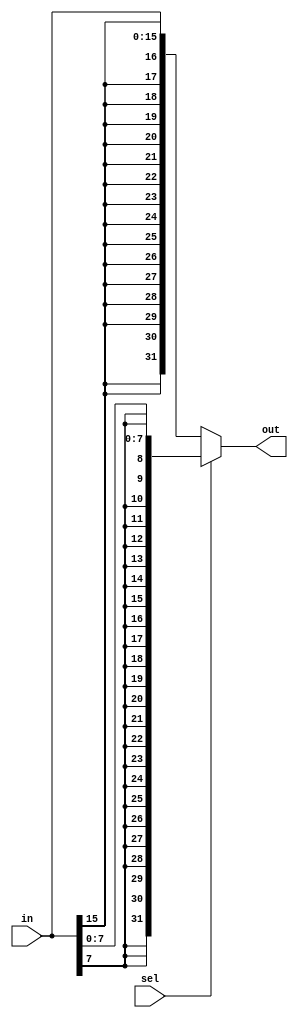
`timescale 1ns / 1ps
//////////////////////////////////////////////////////////////////////////////////
// Company: 
// Engineer: 
// 
// Design Name: 
// Module Name: SignExtendBiteHalf
// Project Name: 
// Target Devices: 
// Tool Versions: 
// Description: 
// 
// Dependencies: 
// 
// Revision:
// Revision 0.01 - File Created
// Additional Comments:
// 
//////////////////////////////////////////////////////////////////////////////////


module SignExtendBiteHalf(in, out, sel);
    input [15:0] in;
    input sel;
    
    output reg [31:0] out;
    
    always@(*) begin
        // if sel is 1, sign extend byte
        if (sel == 1)
            out <= {{24{in[7]}}, in[7:0]};
        else // otherwise, sign extend half
            out <= { {16{in[15]}}, in[15:0]}; 
    end
endmodule